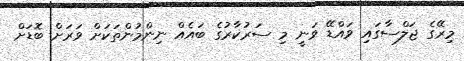
މިރޭގެ ޖަލްސާގައި ވައްޑޭ ވަނީ މި ސަރުކާރުގެ ބައެއް ނިންމުންތަކަށް ވަރަށް ބޮޑަށް